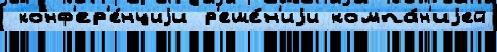
 конф'ер'е́нциjи р'еше́н'иjи компа́н'иjей